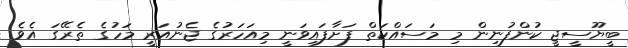
ބީޔޫސީޖީ ކުންފުނިން މި މަސައްކަތް ފަށާފައިވަނީ މިއަހަރުގެ ޖެނުއަރީ މަހުގެ ތެރޭގަ އެވެ.